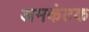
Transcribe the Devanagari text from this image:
अमकंटक